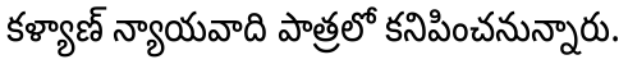
కళ్యాణ్ న్యాయవాది పాత్రలో కనిపించనున్నారు.